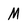
Character: M